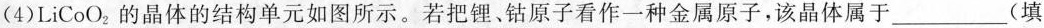
(4)LiCoO_{2}的晶体的结构单元如图所示。若把锂、钴原子看作一种金属原子，该晶体属于___(填